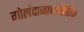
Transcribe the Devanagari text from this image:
गोलंदाजाव्यतिरिक्त